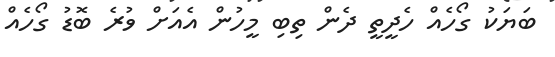
ބަޔަކު ގޯހެއް ހެދީތީ ދެން ތިބި މީހުން އެއަށް ވުރެ ބޮޑު ގޯހެއް